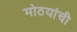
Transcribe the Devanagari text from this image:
मोठयांची